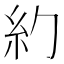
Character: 𥾉